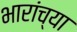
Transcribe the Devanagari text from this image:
भारांच्या